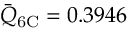
\bar { Q } _ { \mathrm { 6 C } } = 0 . 3 9 4 6